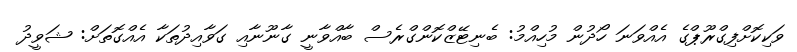
ވަކިކޮށްފިގްރޫޕްގެ އެއްވަނަ ހޯދުން މުހިއްމު: ބެނިޓޭޒްކޮންގްރެސް ބާއްވާނީ ގާނޫނާއި ގަވާއިދުތަކާ އެއްގޮތަށް: ޝަވީދު